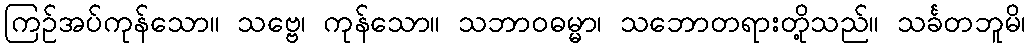
ကြဉ်အပ်ကုန်သော။ သဗ္ဗေ၊ ကုန်သော။ သဘာဝဓမ္မာ၊ သဘောတရားတို့သည်။ သင်္ခတဘူမိ၊